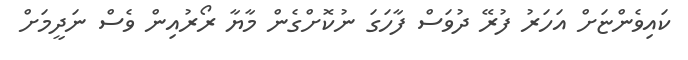
ކައިވެންޏަށް އަހަރު ފުރޭ ދުވަސް ފާހަގަ ނުކޮށްގެން މާޔާ ރޯރުއިން ވެސް ނަދީމަށް